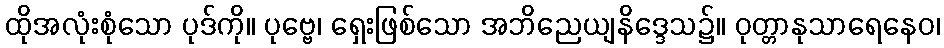
ထိုအလုံးစုံသော ပုဒ်ကို။ ပုဗ္ဗေ၊ ရှေးဖြစ်သော အဘိညေယျနိဒ္ဒေသ၌။ ဝုတ္တာနုသာရေနေဝ၊